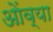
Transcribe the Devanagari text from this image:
ओंव्या